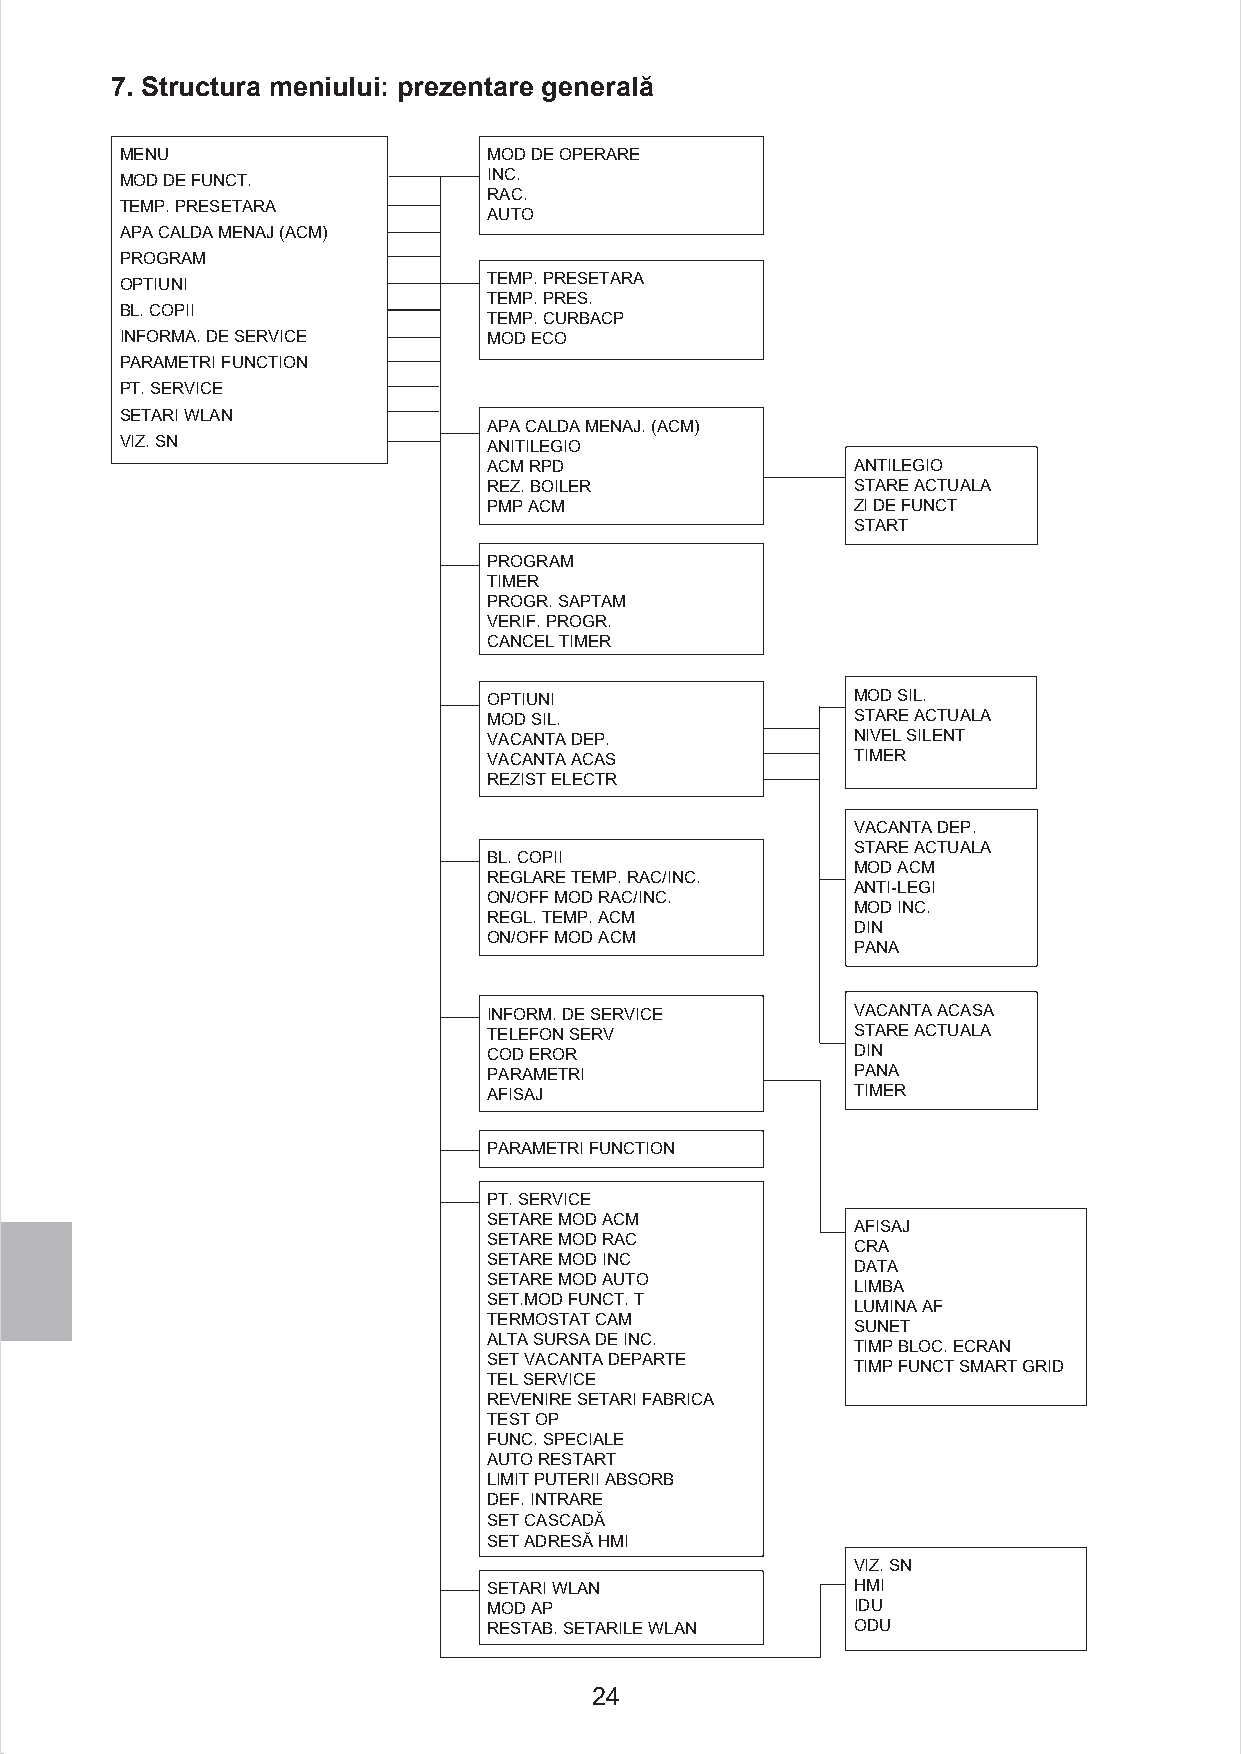
7. Structura meniului: prezentare generală
 MENU                    MOD DE OPERARE
 MOD DE FUNCT.           INC.
 RAC.
 TEMP. PRESETARA
 AUTO
 APA CALDA MENAJ (ACM)
 PROGRAM
 OPTIUNI                 TEMP. PRESETARA
 TEMP. PRES.
 BL. COPII
 TEMP. CURBACP
 INFORMA. DE SERVICE     MOD ECO
 PARAMETRI FUNCTION
 PT. SERVICE
 SETARI WLAN
 APA CALDA MENAJ. (ACM)
 VIZ. SN                 ANITILEGIO
 ACM RPD                 ANTILEGIO
 REZ. BOILER             STARE ACTUALA
 PMP ACM                 ZI DE FUNCT
 START
 PROGRAM
 TIMER
 PROGR. SAPTAM
 VERIF. PROGR.
 CANCEL TIMER
 OPTIUNI                 MOD SIL.
 MOD SIL.                STARE ACTUALA
 VACANTA DEP.            NIVEL SILENT
 VACANTA ACAS            TIMER
 REZIST ELECTR
 VACANTA DEP.
 STARE ACTUALA
 BL. COPII
 MOD ACM
 REGLARE TEMP. RAC/INC.
 ANTI-LEGI
 ON/OFF MOD RAC/INC.
 MOD INC.
 REGL. TEMP. ACM
 DIN
 ON/OFF MOD ACM
 PANA
 INFORM. DE SERVICE      VACANTA ACASA
 TELEFON SERV            STARE ACTUALA
 COD EROR                DIN
 PARAMETRI               PANA
 AFISAJ                  TIMER
 PARAMETRI FUNCTION
 PT. SERVICE
 SETARE MOD ACM
 AFISAJ
 SETARE MOD RAC
 CRA
 SETARE MOD INC
 DATA
 SETARE MOD AUTO
 LIMBA
 SET.MOD FUNCT. T
 LUMINA AF
 TERMOSTAT CAM
 SUNET
 ALTA SURSA DE INC.
 TIMP BLOC. ECRAN
 SET VACANTA DEPARTE
 TIMP FUNCT SMART GRID
 TEL SERVICE
 REVENIRE SETARI FABRICA
 TEST OP
 FUNC. SPECIALE
 AUTO RESTART
 LIMIT PUTERII ABSORB
 DEF. INTRARE
 SET CASCADĂ
 SET ADRESĂ HMI
 VIZ. SN
 SETARI WLAN             HMI
 MOD AP                  IDU
 RESTAB. SETARILE WLAN   ODU
 24